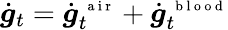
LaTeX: \dot{\boldsymbol g}_{t}=\dot{\boldsymbol g}_{t}^{\mathrm{~\scriptsize~a~i~r~}}+\dot{\boldsymbol g}_{t}^{\mathrm{~\scriptsize~b~l~o~o~d~}}